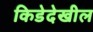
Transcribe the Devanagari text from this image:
किडेदेखील